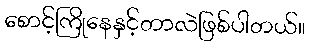
စောင့်ကြိုနေနှင့်တာလဲဖြစ်ပါတယ်။